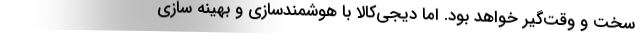
سخت و وقت‌گیر خواهد بود. اما دیجی‌کالا با هوشمندسازی و بهینه­ سازی